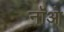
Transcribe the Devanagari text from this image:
नॉओ